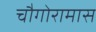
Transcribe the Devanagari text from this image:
चौगोरामास